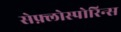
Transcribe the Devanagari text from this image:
सेफ़्लोस्पोरिन्स